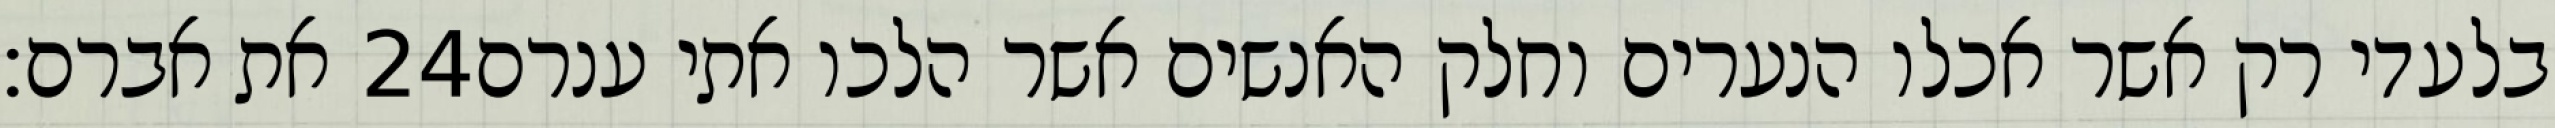
את אברם׃ ‎24‏ בלעדי רק אשר אכלו הנערים וחלק האנשים אשר הלכו אתי ענרם